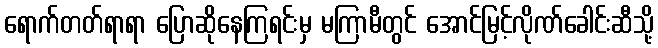
ရောက်တတ်ရာရာ ပြောဆိုနေကြရင်းမှ မကြာမီတွင် အောင်မြင့်လိုဏ်ခေါင်းဆီသို့